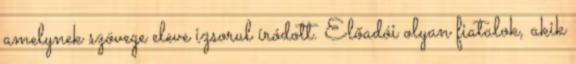
amelynek szövege eleve izsorul íródott. Előadói olyan fiatalok, akik